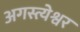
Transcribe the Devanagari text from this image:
अगस्त्येश्वर